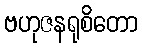
ဗဟုဇနရုစိတော